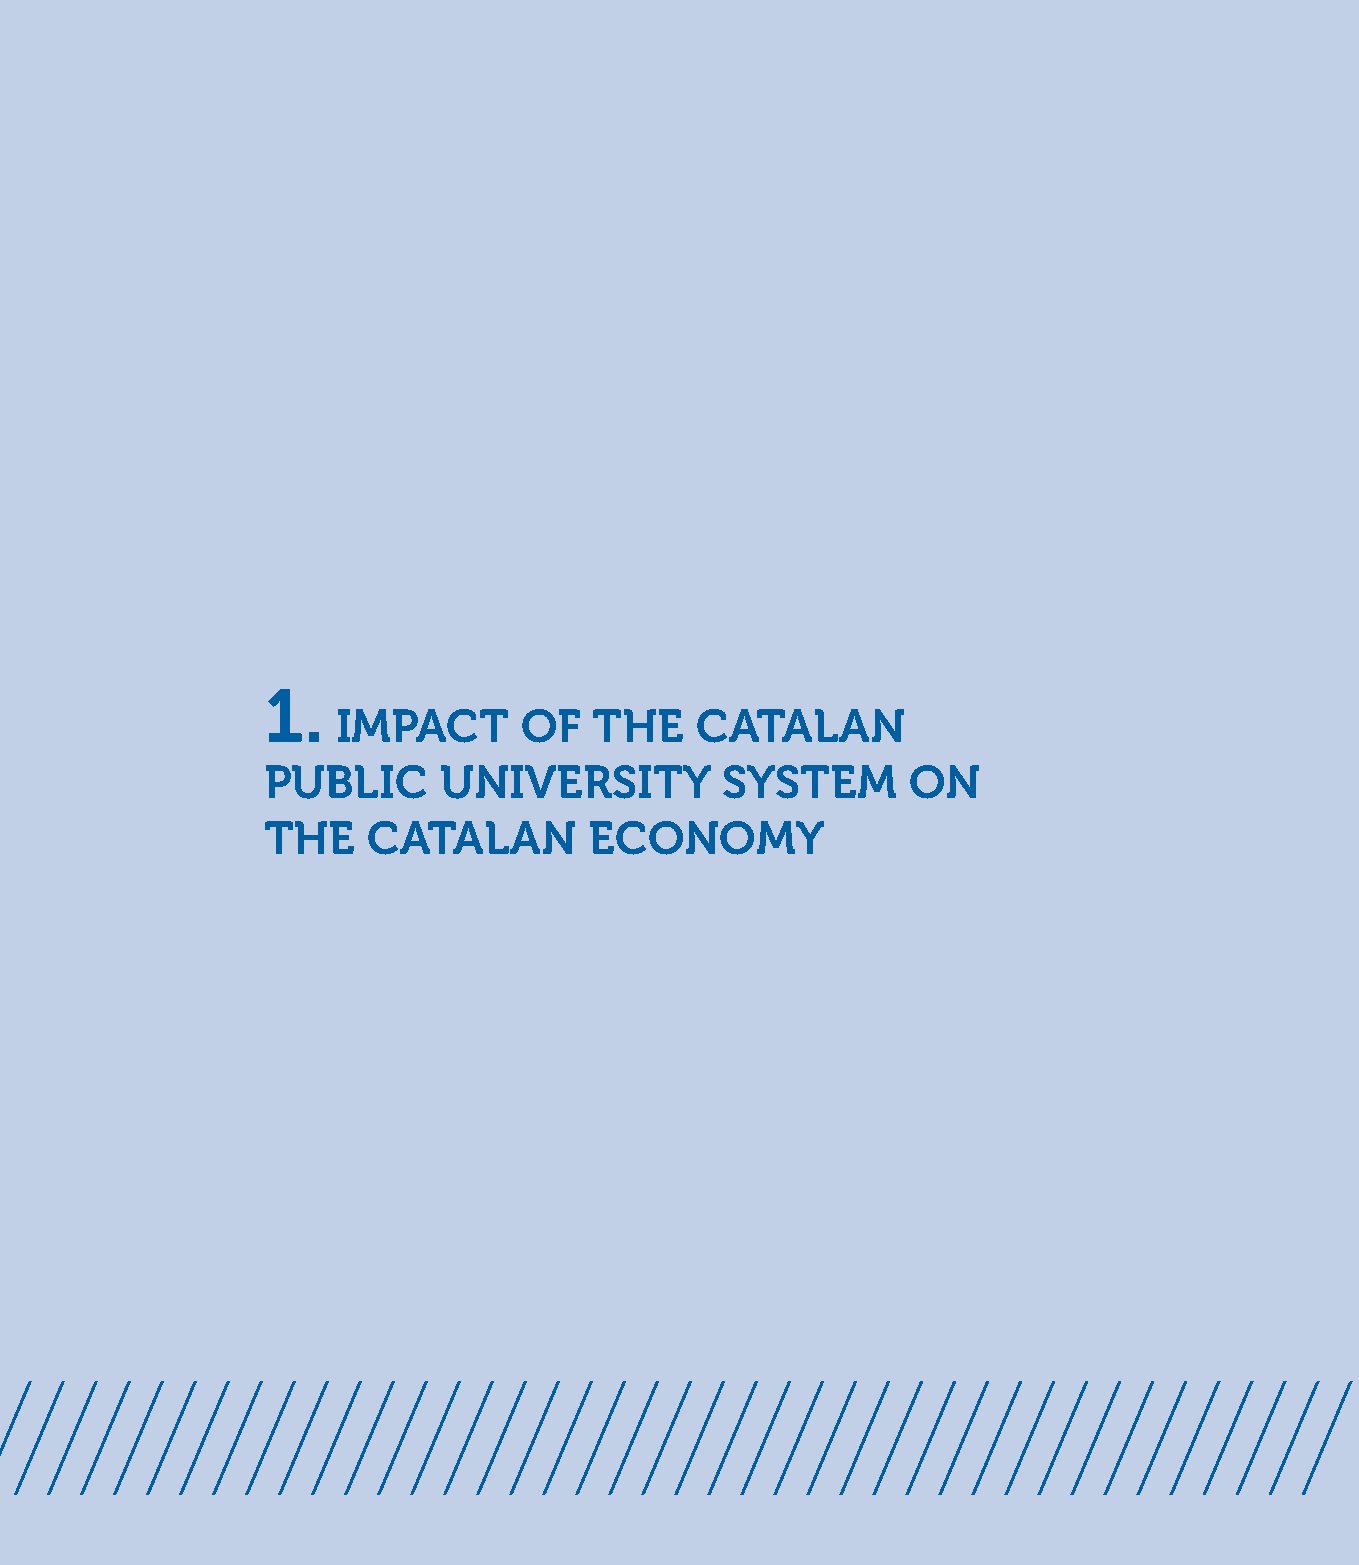
1.
 IMPACT      OF   THE    CATALAN
 PUBLIC      UNIVERSITY         SYSTEM      ON
 THE    CATALAN        ECONOMY
 /////////////////////////////////////////////